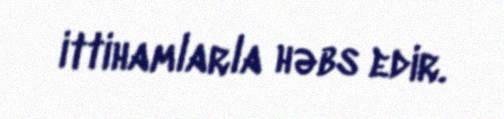
ittihamlarla həbs edir.